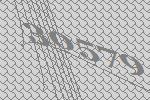
30579